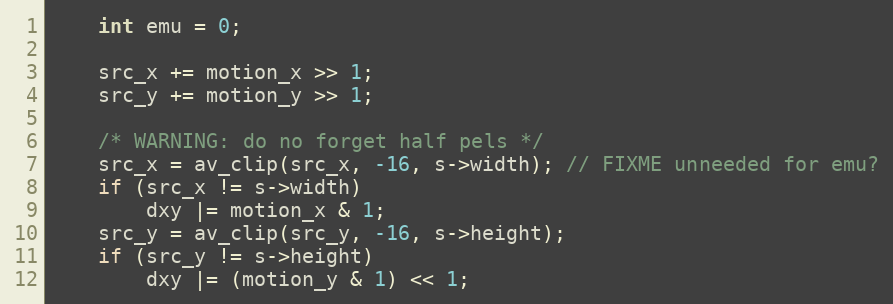
Language: C
    int emu = 0;

    src_x += motion_x >> 1;
    src_y += motion_y >> 1;

    /* WARNING: do no forget half pels */
    src_x = av_clip(src_x, -16, s->width); // FIXME unneeded for emu?
    if (src_x != s->width)
        dxy |= motion_x & 1;
    src_y = av_clip(src_y, -16, s->height);
    if (src_y != s->height)
        dxy |= (motion_y & 1) << 1;